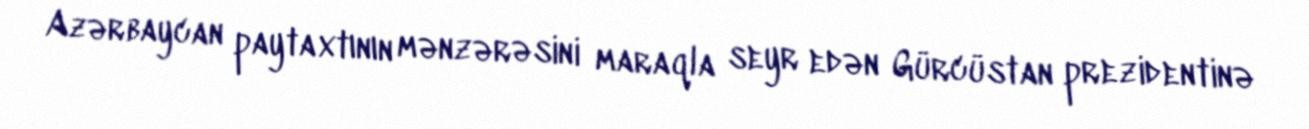
Azərbaycan paytaxtının mənzərəsini maraqla seyr edən Gürcüstan prezidentinə